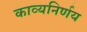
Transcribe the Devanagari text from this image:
काव्यनिर्णय